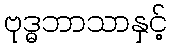
ဗုဒ္ဓဘာသာနှင့်